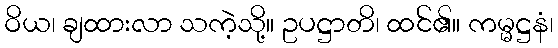
ဝိယ၊ ချထားလာ သကဲ့သို့။ ဥပဋ္ဌာတိ၊ ထင်၏။ ကမ္မဋ္ဌနံ၊